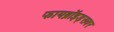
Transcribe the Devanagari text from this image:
फायब्रॉइड्‌सवर